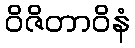
ဝိဇိတာဝိနံ